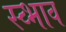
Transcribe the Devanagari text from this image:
स्व्भाव